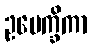
ဥပေက္ခိကာ